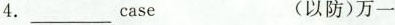
4.___ case (以防)万一